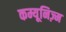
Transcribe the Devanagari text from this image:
कम्यूनिज़्म